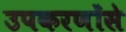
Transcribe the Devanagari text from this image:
उपकरणोंसे